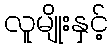
လူမျိုးနှင့်